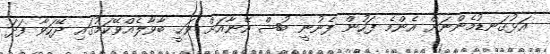
އަޅުގަނޑުމެންނަށް އެންމެ ފަހުން ފެނުނީ ބުޝް އޭނާއަށް ވަޙީ ބާވާލެއްވޭކަމުގައި ދޭހަވާ ފަދަ